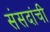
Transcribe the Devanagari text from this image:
संसदांची